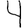
Digit: 4